Lunatic asylums United Prov. 1922-30 - 1922-1930
Year: 1922
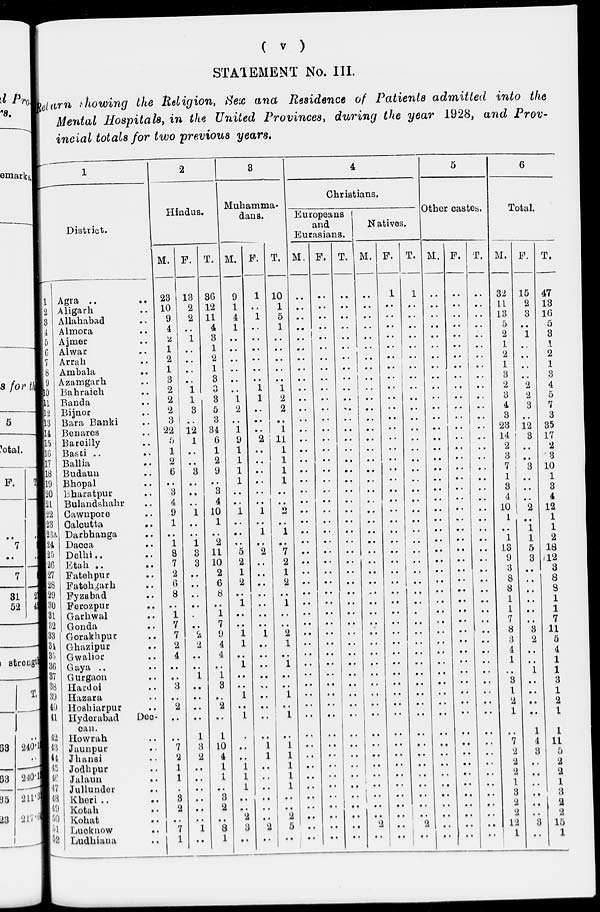
( v )
STATEMENT No. III.
Return showing the Religion, Sex and Residence of Patients admitted into the
Mental Hospitals, in the United Provinces, during the year 1928, and Prov-
incial totals for two previous years.
1
District.
1
2
3
4
5
6
7
8
9
10
11
12
13
14
15
16
17
18
19
20
21
22
23
23A
24
25
26
27
28
29
30
31
32
33
34
35
36
37
38
39
40
41
42
43
44
45
46
47
48
49
50
51
52
Agra .. ..
Aligarh ..
Allahabad ..
Almora ..
Ajmer ..
Alwar ..
Arrah ..
Ambala ..
Azamgarh ..
Bahraich ..
Banda ..
Bijnor ..
Bara Banki ..
Benares ..
Bareilly ..
Basti .. ..
Ballia ..
Budaun ..
Bhopal ..
Bharatpur ..
Bulandshahr ..
Cawnpore ..
Calcutta ..
Darbhanga ..
Dacca ..
Delhi ..
Etah .. ..
Fatehpur ..
Fatehgarh ..
Fyzabad ..
Ferozpur ..
Garhwal ..
Gonda ..
Gorakhpur ..
Ghazipur ..
Gwalior ..
Gaya .. ..
Gurgaon ..
Hardoi ..
Hazara ..
Hoshiarpur ..
Hyderabad
Dec-
can.
Howrah ..
Jaunpur ..
Jhansi ..
Jodhpur ..
Jalaun ..
Jullunder ..
Kheri .. ..
Kotah ..
Kohat ..
Lucknow ..
Ludhiana ..
2
Hindus.
M.
23
10
9
4
2
1
2
1
3
2
2
2
3
22
5
1
2
6
..
3
4
9
1
..
1
8
7
2
6
8
..
1
7
7
2
4
..
..
3
..
2
..
..
7
2
1
1
..
3
2
..
7
1
F.
13
2
2
..
1
..
..
..
..
1
1
3
..
12
1
..
..
3
..
..
..
1
..
..
1
3
3
..
..
..
..
..
..
2
2
..
..
1
..
..
..
..
1
3
2
..
..
..
..
..
..
1
..
T.
36
12
11
4
3
1
2
1
3
3
3
5
3
34
6
1
2
9
..
3
4
10
1
..
2
11
10
2
6
8
..
1
7
9
4
4
..
1
3
..
2
..
1
10
4
1
1
..
3
2
..
8
1
3
Muhamma-
dans.
M.
9
1
4
1
..
..
..
..
..
..
1
2
..
1
9
1
1
1
1
..
..
1
..
..
..
5
2
1
2
..
1
..
..
1
1
..
1
..
..
1
..
1
..
..
..
1
1
1
..
..
2
3
..
F.
1
..
1
..
..
..
..
..
..
1
1
..
..
..
2
..
..
..
..
..
..
1
..
1
..
2
..
..
..
..
..
..
..
1
..
..
..
..
..
..
..
..
..
1
1
..
..
..
..
..
..
2
..
T.
10
1
5
1
..
..
..
..
..
1
2
2
..
1
11
1
1
1
1
..
..
2
..
1
..
7
2
1
2
..
1
..
..
2
1
..
1
..
..
1
..
1
..
1
1
1
1
1
..
..
2
5
..
4
Christians.
Europeans
and
Eurasians.
M.
..
..
..
..
..
..
..
..
..
..
..
..
..
..
..
..
..
..
..
..
..
..
..
..
..
..
..
..
..
..
..
..
..
..
..
..
..
..
..
..
..
..
..
..
..
..
..
..
..
..
..
..
..
F.
..
..
..
..
..
..
..
..
..
..
..
..
..
..
..
..
..
..
..
..
..
..
..
..
..
..
..
..
..
..
..
..
..
..
..
..
..
..
..
..
..
..
..
..
..
..
..
..
..
..
..
..
..
T.
..
..
..
..
..
..
..
..
..
..
..
..
..
..
..
..
..
..
..
..
..
..
..
..
..
..
..
..
..
..
..
..
..
..
..
..
..
..
..
..
..
..
..
..
..
..
..
..
..
..
..
..
..
Natives.
M.
..
..
..
..
..
..
..
..
..
..
..
..
..
..
..
..
..
..
..
..
..
..
..
..
..
..
..
..
..
..
..
..
..
..
..
..
..
..
..
..
..
..
..
..
..
..
..
..
..
..
..
2
..
F.
1
..
..
..
..
..
..
..
..
..
..
..
..
..
..
..
..
..
..
..
..
..
..
..
..
..
..
..
..
..
..
..
..
..
..
..
..
..
..
..
..
..
..
..
..
..
..
..
..
..
..
..
..
T.
1
..
..
..
..
..
..
..
..
..
..
..
..
..
..
..
..
..
..
..
..
..
..
..
..
..
..
..
..
..
..
..
..
..
..
..
..
..
..
..
..
..
..
..
..
..
..
..
..
..
..
2
..
5
Other castes.
M.
..
..
..
..
..
..
..
..
..
..
..
..
..
..
..
..
..
..
..
..
..
..
..
..
..
..
..
..
..
..
..
..
..
..
..
..
..
..
..
..
..
..
..
..
..
..
..
..
..
..
..
..
..
F.
..
..
..
..
..
..
..
..
..
..
..
..
..
..
..
..
..
..
..
..
..
..
..
..
..
..
..
..
..
..
..
..
..
..
..
..
..
..
..
..
..
..
..
..
..
..
..
..
..
..
..
..
..
T.
..
..
..
..
..
..
..
..
..
..
..
..
..
..
..
..
..
..
..
..
..
..
..
..
..
..
..
..
..
..
..
..
..
..
..
..
..
..
..
..
..
..
..
..
..
..
..
..
..
..
..
..
..
6
Total.
M.
32
11
13
5
2
1
2
1
3
2
3
4
3
23
14
2
3
7
1
3
4
10
1
..
1
13
9
3
8
8
1
1
7
8
3
4
1
..
3
1
2
1
..
7
2
2
2
1
3
2
2
12
1
F.
15
2
3
..
1
..
..
..
..
2
2
3
..
12
3
..
..
3
..
..
..
2
..
1
1
5
3
..
..
..
..
..
..
3
2
..
..
1
..
..
..
..
1
4
3
..
..
..
..
..
..
3
..
T.
47
13
16
5
3
1
2
1
3
4
5
7
3
35
17
2
3
10
1
3
4
12
1
1
2
18
12
3
8
8
1
1
7
11
5
4
1
1
3
1
2
1
1
11
5
2
2
1
3
2
2
15
1